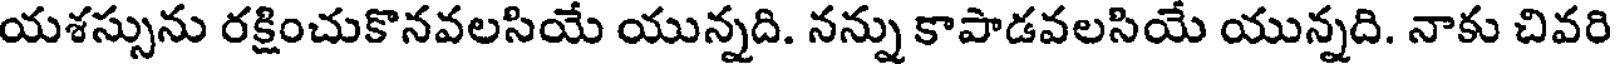
యశస్సును రక్షించుకొనవలసియే యున్నది. నన్ను కాపాడవలసియే యున్నది. నాకు చివరి